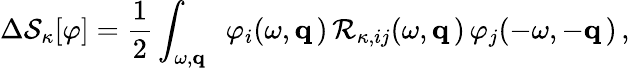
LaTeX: \Delta{\cal S}_{\kappa}[\varphi]=\frac 12\int_{\omega,{\mathbf q}}\ \; \varphi_{i}(\omega,{\mathbf q}\, )\, {\cal R}_{\kappa,ij}(\omega,{\mathbf q}\, )\, \varphi_{j}(-\omega,-{\mathbf q}\, )\, ,